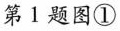
第1题图①